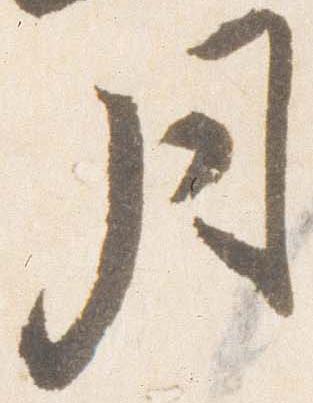
月